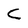
Character: C